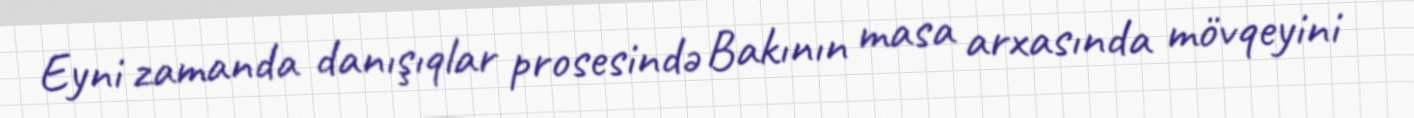
Eyni zamanda danışıqlar prosesində Bakının masa arxasında mövqeyini